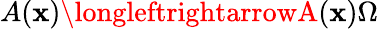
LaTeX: A(\mathbf{x})\longleftrightarrowA(\mathbf{x})\Omega